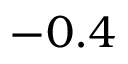
- 0 . 4